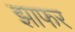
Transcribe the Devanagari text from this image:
झाफर